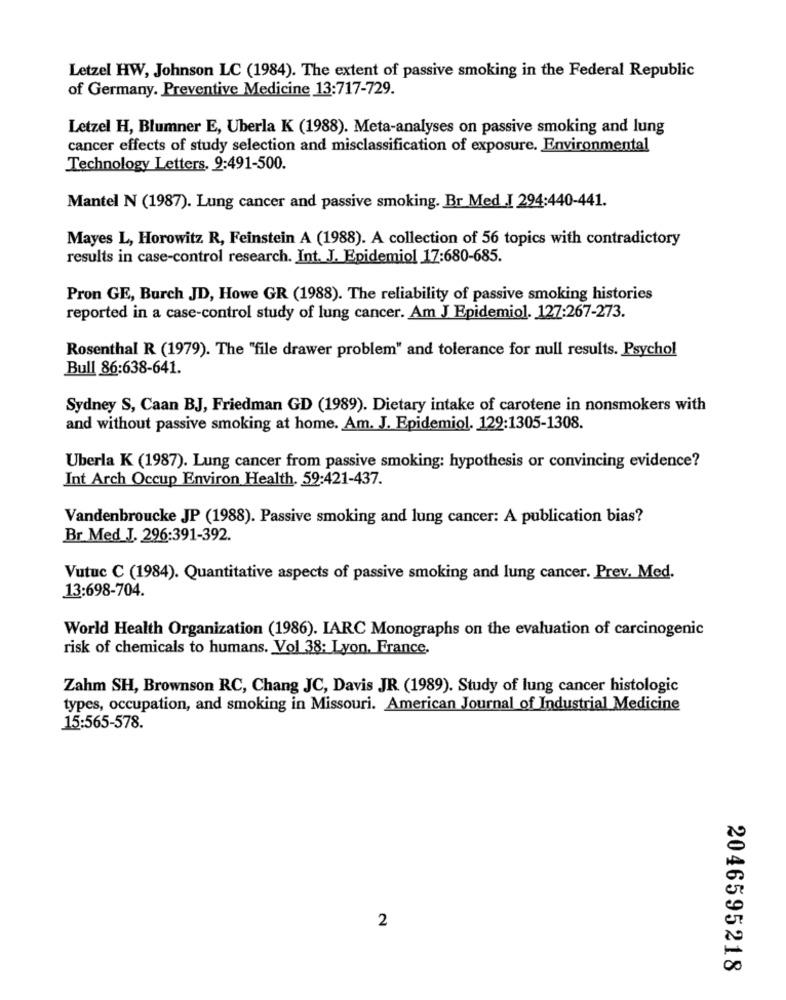
Letzel HW, Johnson LC (1984). The extent of passive smoking in the Federal Republic
of Germany. Preventive Medicine 13:717-729.
Letzel H, Blumner E, Uberla K (1988). Meta-analyses on passive smoking and lung
cancer effects of study selection and misclassification of exposure. Environmental
Technology Letters, 9:491-500.
Mantel N (1987). Lung cancer and passive smoking. Br Med I 294:440-441.
Mayes L, Horowitz R, Feinstein A (1988). A collection of 56 topics with contradictory
results in case-control research. Int. J. Epidemiol 17:680-685.
Pron GE, Burch JD, Howe GR (1988). The reliability of passive smoking histories
reported in a case-control study of lung cancer. Am J Epidemiol. 127:267-273.
Rosenthal R (1979). The "file drawer problem" and tolerance for null results. Psychol
Bull 86:638-641.
Sydney S, Caan BJ, Friedman GD (1989). Dietary intake of carotene in nonsmokers with
and without passive smoking at home. Am. J. Epidemiol. 122:1305-1308.
Uberla K (1987). Lung cancer from passive smoking: hypothesis or convincing evidence?
Int Arch Occup Environ Health. 59:421-437.
Vandenbroucke JP (1988). Passive smoking and lung cancer: A publication bias?
Br Med J. 296:391-392.
Vutuc C (1984). Quantitative aspects of passive smoking and lung cancer. Prev. Med.
13:698-704.
World Health Organization (1986). IARC Monographs on the evaluation of carcinogenic
risk of chemicals to humans. Vol 38: Lyon, France,
Zahm SH, Brownson RC, Chang JC, Davis JR (1989). Study of lung cancer histologic
types, occupation, and smoking in Missouri. American Journal of Industrial Medicine
15:565-578.
2
2046595218